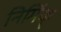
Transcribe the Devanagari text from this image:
निर्मिक्